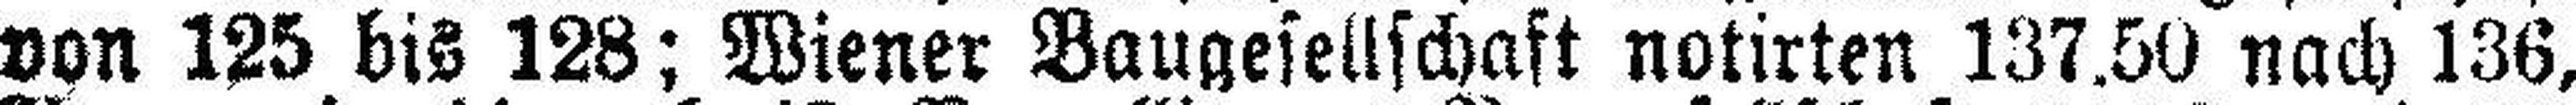
von 125 bis 128; Wiener Baugesellschaft notirten 137.50 nach 136,